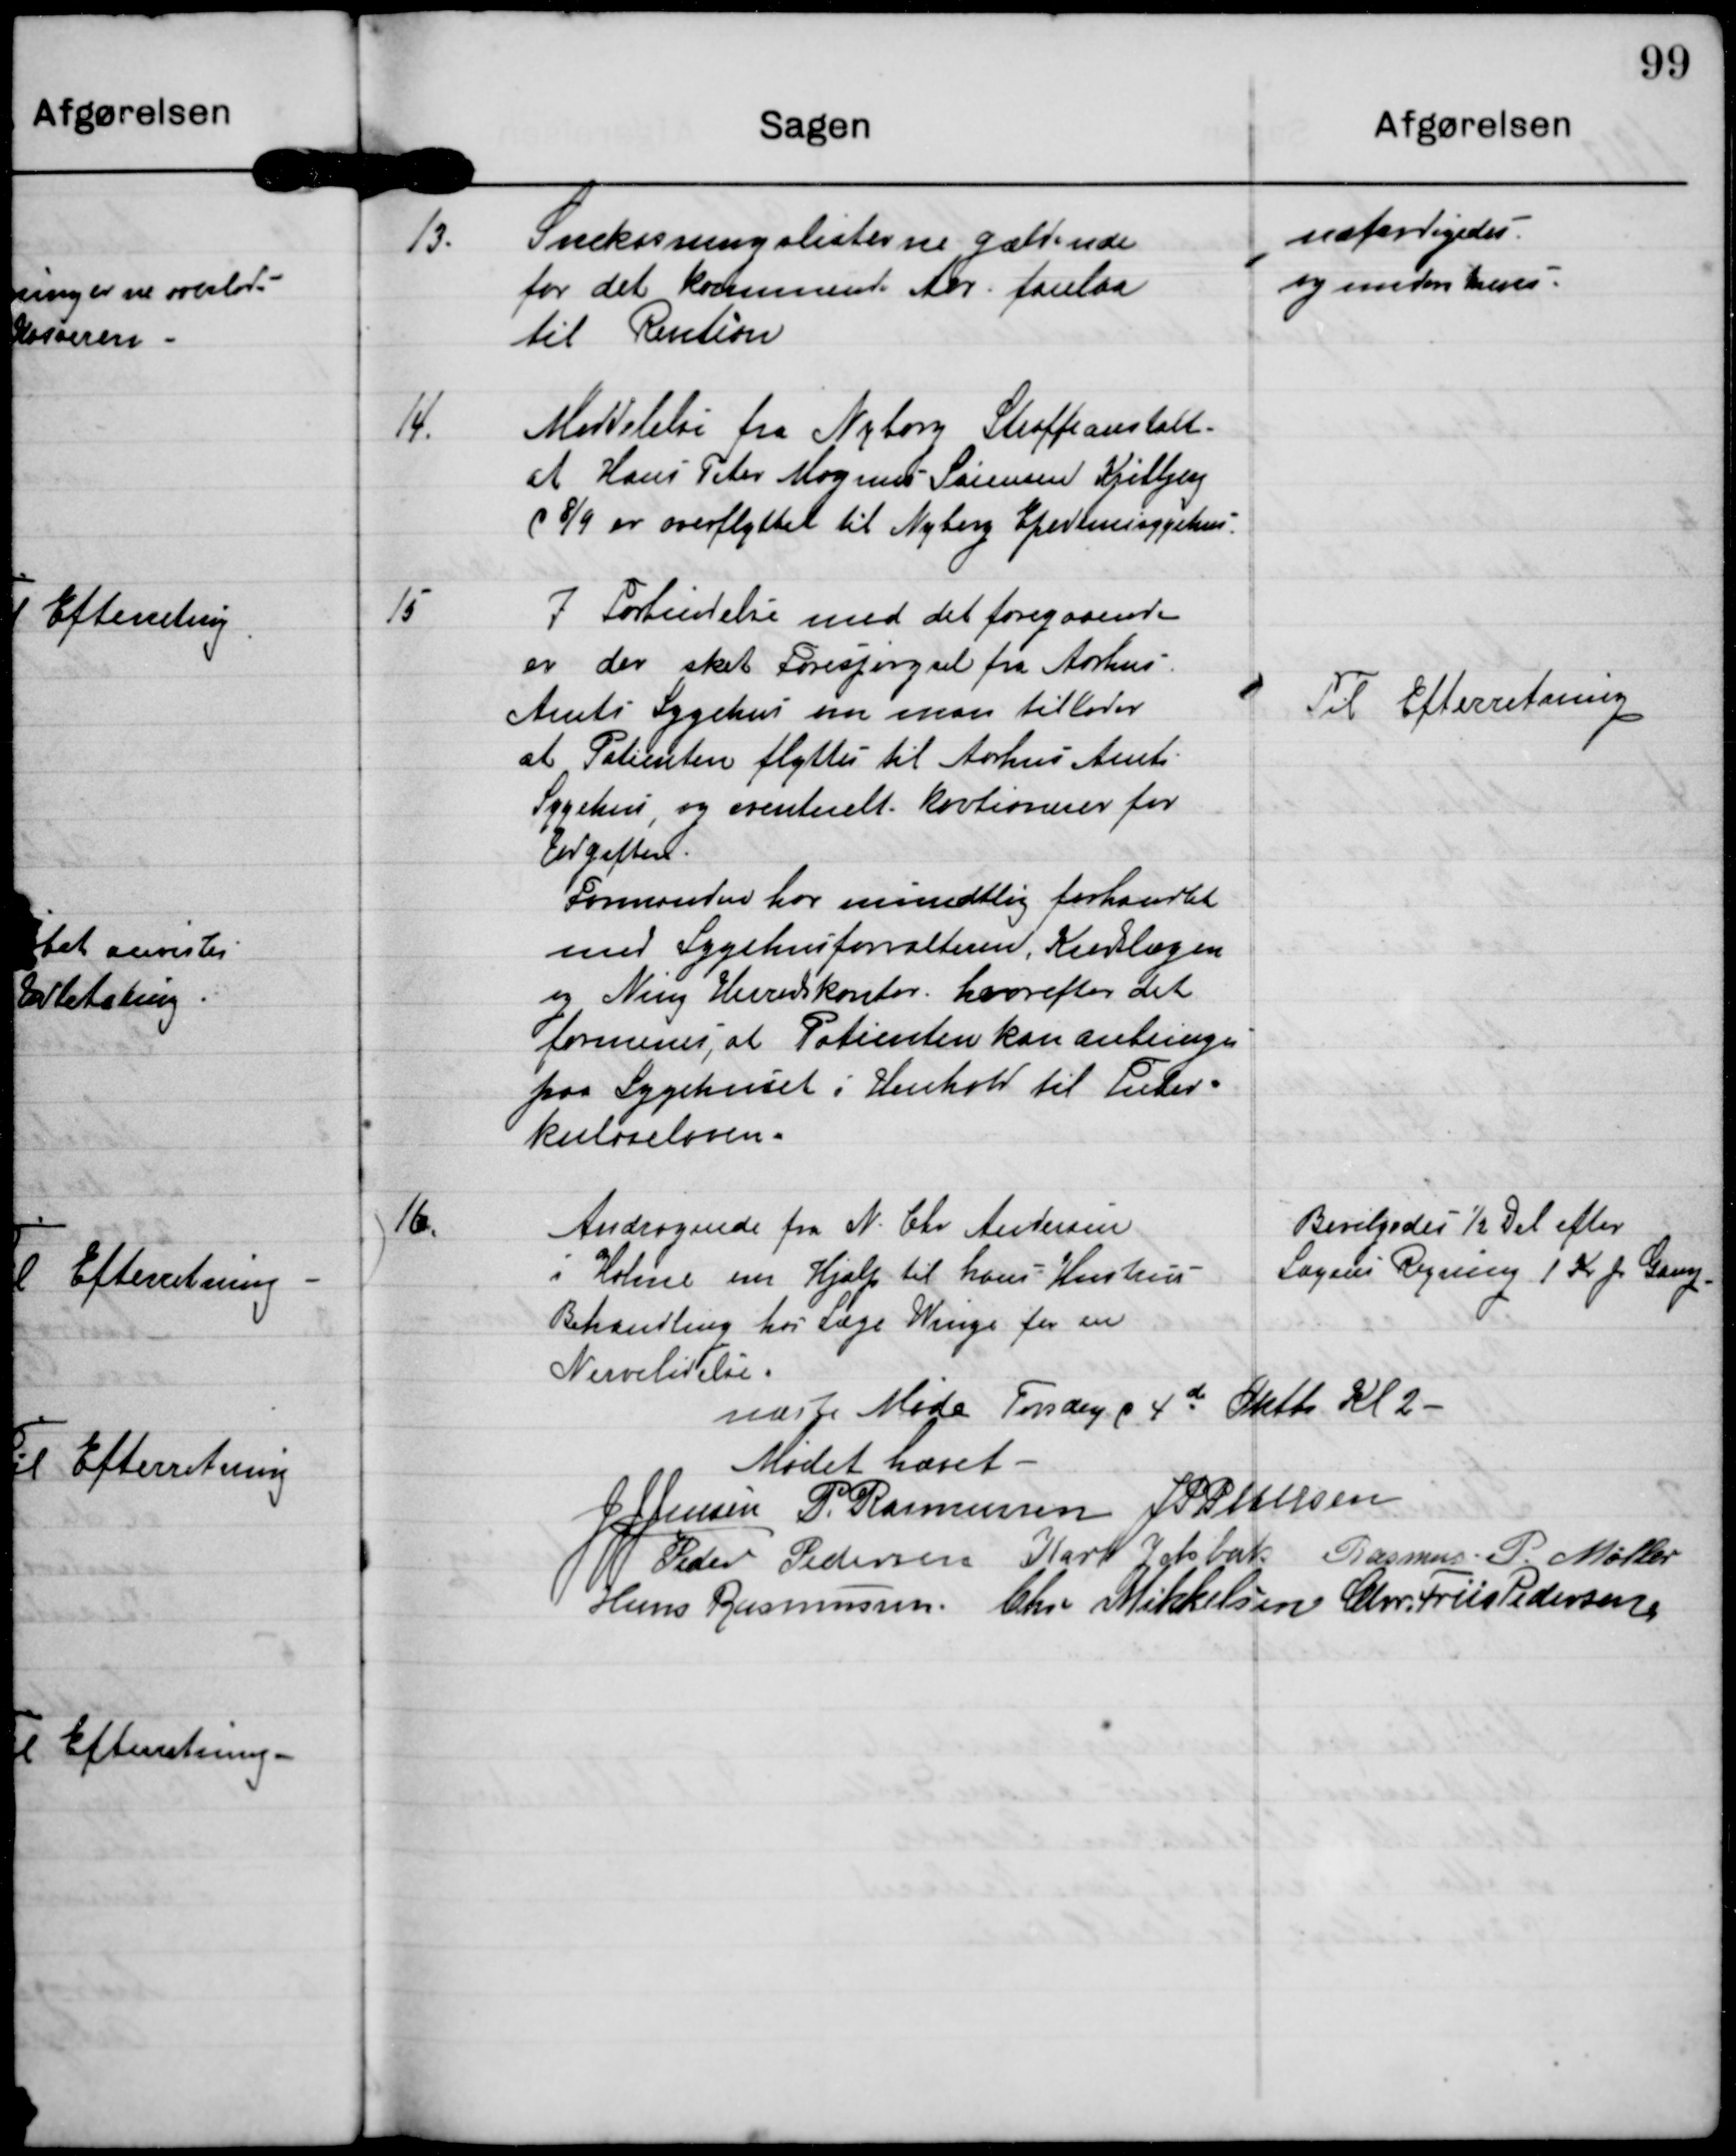
Transskription:
13.

Snekasningslisterne gældende
for det kommende Aar forelaa
til Rention

udfærdigedes
og underskrives

14.

Meddelelse fra Nyborg Straffeanstalt
at Hans Peter Magnus Sørensen Kjeldbjerg
d 8/9 er overflyttet til Nyborg Epidemisygehus.

15.

I Forbindelse med det foregaaende
er der sket Forespørgsel fra Aarhus
Amts Sygehus om man tillader
at Patienten flyttes til Aarhus Amts-
Sygehus, og eventuelt kautionerer for
udgiften.
Formanden har mundtlig forhandlet
med Sygehusforvalteren, Kredslægen
og Ning Herreds kontor, hvorefter det
formenes, at Patienten kan anbringes
paa Sygehuset i Henhold til Tuber-
kuloseloven.

Til Efterretning

16.

Andragende fra n. Chr Andersen
i Holme om Hjælp til hans Hustrus
Behandling hos Læge Winge for en
Nervelidelse

Bevilgedes 1/2 Del efter
Lægens Regning 1 kr pr Gang

Næste Møde Torsdag d 4de Otbr. Kl 2

Mødet hævet

J J Jensen

P. Rasmussen

J P Petersen

Peder Pedersen

Karl Jelsbak

Rasmus P. Møller

Hans Rasmussen

Chr. Mikkelsen

Chr. Friis Pedersen